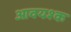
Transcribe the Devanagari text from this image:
आवयश्क